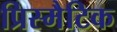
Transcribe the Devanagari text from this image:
प्रिस्मैटिक